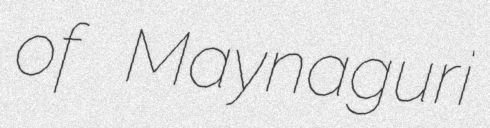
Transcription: of Maynaguri